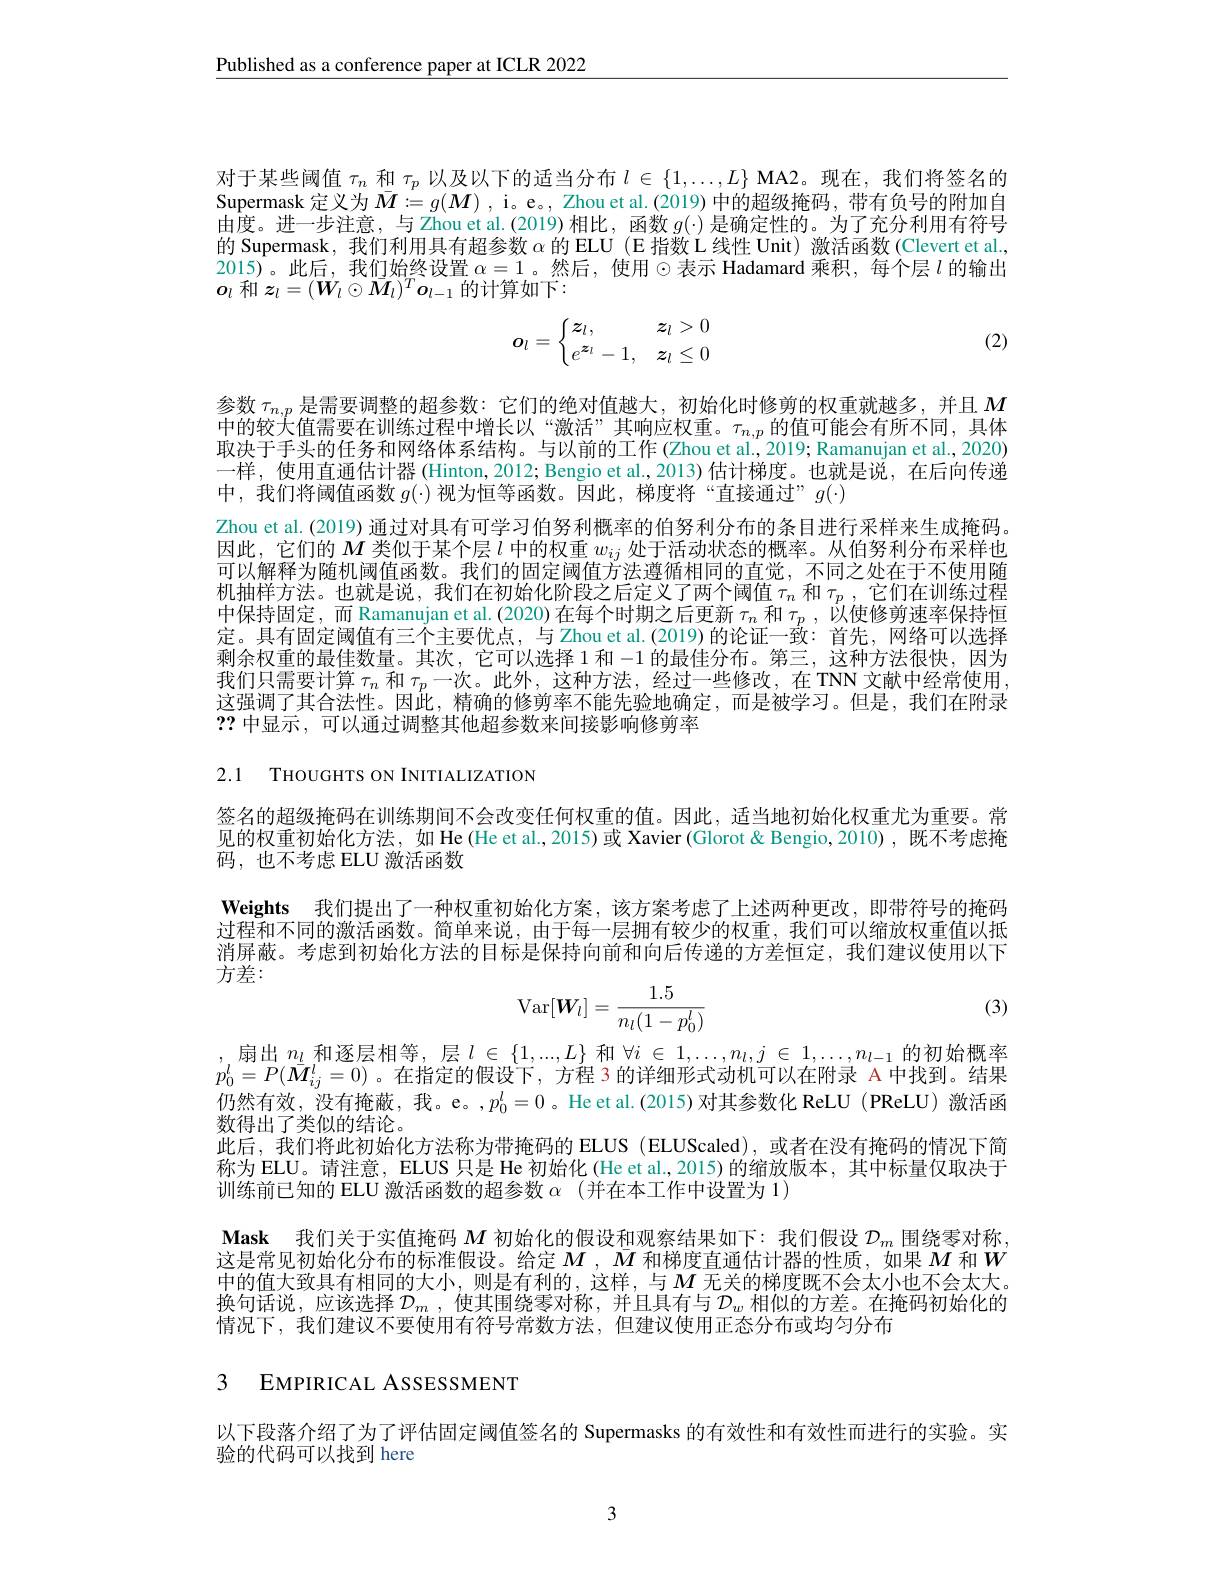
$\underline{\text{Published as a conference paper at ICLR 2022}}$

对于某些阈值$\tau_n$和$\tau_p$以及以下的适当分布$l\in\{1,\ldots,L\}$ MA2。现在，我们将签名的Supermask 定义为$\bar{M}:=g(\boldsymbol{M})$ , i。e。, Zhou et al.(2019) 中的超级掩码，带有负号的附加自由度。进一步注意，与 Zhou et al.(2019)相比，函数$g(\cdot)$是确定性的。为了充分利用有符号的 Supermask, 我们利用具有超参数$\alpha$的 ELU (E 指数 L 线性 Unit) 激活函数 (Clevert et al., 2015)。此后，我们始终设置 $\alpha=1$。然后，使用$\odot$表示 Hadamard 乘积，每个层 $l$ 的输出$o_{l}$和$\boldsymbol z_l=(\boldsymbol W_l\odot\bar{M}_l)^T\boldsymbol{o}_{l-1}$的计算如下：
$$\boldsymbol{o}_l=\begin{cases}\boldsymbol{z}_l,&\boldsymbol{z}_l>0\\e^{\boldsymbol{z}_l}-1,&\boldsymbol{z}_l\le0\end{cases}$$
(2)

参数$\tau_{n,p}$是需要调整的超参数：它们的绝对值越大，初始化时修剪的权重就越多，并且$M$ 中的较大值需要在训练过程中增长以“激活”其响应权重。$\tau_{n,p}$的值可能会有所不同，具体取决于手头的任务和网络体系结构。与以前的工作 (Zhou et al., 2019; Ramanujan et al., 2020) 一样，使用直通估计器 (Hinton, 2012; Bengio et al., 2013) 估计梯度。也就是说，在后向传递中，我们将阈值函数$g(\cdot)$视为恒等函数。因此，梯度将“直接通过”$g(\cdot)$
Zhou et al. (2019) 通过对具有可学习伯努利概率的伯努利分布的条目进行采样来生成掩码。因此，它们的$M$类似于某个层$l$中的权重$w_ij$处于活动状态的概率。从伯努利分布采样也可以解释为随机阈值函数。我们的固定阈值方法遵循相同的直觉，不同之处在于不使用随机抽样方法。也就是说，我们在初始化阶段之后定义了两个阈值$\tau_n$和$\tau _p$ , 它们在训练过程中保持固定，而 Ramanujan et al.(2020)在每个时期之后更新$\tau_n$和$\tau_p$,以使修剪速率保持恒定。具有固定阈值有三个主要优点，与 Zhou et al.(2019)的论证一致：首先，网络可以选择剩余权重的最佳数量。其次，它可以选择 1 和-1的最佳分布。第三，这种方法很快，因为我们只需要计算$\tau_n$和$\tau_p$一次。此外，这种方法，经过一些修改，在 TNN 文献中经常使用， 这强调了其合法性。因此，精确的修剪率不能先验地确定，而是被学习。但是，我们在附录??中显示，可以通过调整其他超参数来间接影响修剪率

2.1 THOUGHTS ON INITIALIZATION

签名的超级掩码在训练期间不会改变任何权重的值。因此，适当地初始化权重尤为重要。常见的权重初始化方法，如 He (He et al.,2015)或 Xavier (Glorot & Bengio, 2010), 既不考虑掩码，也不考虑 ELU 激活函数

Weights 我们提出了一种权重初始化方案，该方案考虑了上述两种更改，即带符号的掩码过程和不同的激活函数。简单来说，由于每一层拥有较少的权重，我们可以缩放权重值以抵

消屏蔽。考虑到初始化方法的目标是保持向前和向后传递的方差恒定，我们建议使用以下
方差：

(3)
$$\mathrm{Var}[\boldsymbol{W}_l]=\frac{1.5}{n_l(1-p_0^l)}$$
,扇出$n_l$和逐层相等，层$l\in\{1,...,L\}$和$\forall i\in1,\ldots,n_l,j\in1,\ldots,n_l-1$的初始概率$p_0^l=P(\bar{\boldsymbol{M}}_{ij}^l=0)$。在指定的假设下，方程 3 的详细形式动机可以在附录 A 中找到。结果仍然有效，没有掩蔽，我。e。,$p_0^l=0$ 。He et al.(2015)对其参数化 ReLU (PReLU) 激活函数得出了类似的结论。
此后，我们将此初始化方法称为带掩码的 ELUS(ELUScaled),或者在没有掩码的情况下简称为 ELU。请注意，ELUS 只是 He 初始化 (He et al., 2015) 的缩放版本，其中标量仅取决于训练前已知的 ELU 激活函数的超参数$\alpha$ (并在本工作中设置为 1)
Mask 我们关于实值掩码$M$初始化的假设和观察结果如下：我们假设$\mathcal{D}_m$围绕零对称这是常见初始化分布的标准假设。给定$M$ , $M$和梯度直通估计器的性质，如果$M$和$W$ 中的值大致具有相同的大小，则是有利的，这样，与$M$ 无关的梯度既不会太小也不会太大。换句话说，应该选择$\mathcal{D} _m$ , 使其围绕零对称，并且具有与$\mathcal{D}_w$相似的方差。在掩码初始化的情况下，我们建议不要使用有符号常数方法，但建议使用正态分布或均匀分布

# 3 EMPIRICAL ASSESSMENT

以下段落介绍了为了评估固定阈值签名的 Supermasks 的有效性和有效性而进行的实验。实
验的代码可以找到 here

3